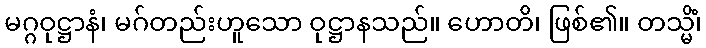
မဂ္ဂဝုဋ္ဌာနံ၊ မဂ်တည်းဟူသော ဝုဋ္ဌာနသည်။ ဟောတိ၊ ဖြစ်၏။ တသ္မိံ၊